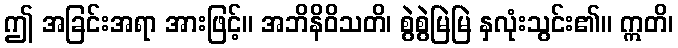
ဤ အခြင်းအရာ အားဖြင့်။ အဘိနိဝိသတိ၊ စွဲစွဲမြဲမြဲ နှလုံးသွင်း၏။ ဣတိ၊